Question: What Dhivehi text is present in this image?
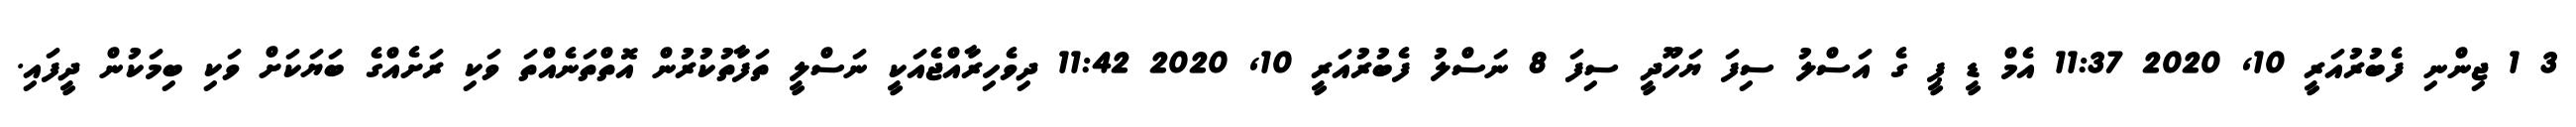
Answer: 3 1 ޖިންނި ފެބުރުއަރީ 10, 2020 11:37 އެމް ޑީ ޕީ ގެ އަސްލު ސިފަ ޔަހޫދީ ސިފަ 8 ނަސްލު ފެބުރުއަރީ 10, 2020 11:42 ދިވެހިރާއްޖެއަކީ ނަސްލީ ތަފާތުކުރުން އޮތްތަނެއްތަ ވަކި ރަށެއްގެ ބަޔަކަށް ވަކި ބިމަކުން ދީފައި.